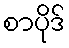
စာပိုဒ်